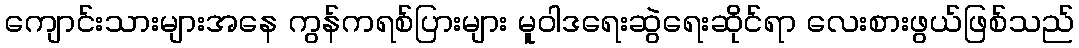
ကျောင်းသားများအနေ ကွန်ကရစ်ပြားများ မူဝါဒရေးဆွဲရေးဆိုင်ရာ လေးစားဖွယ်ဖြစ်သည်